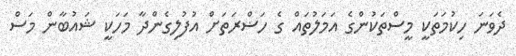
ދެވަނަ ހިކުމަތަކީ މީސްތަކުންގެ އަމަލުތައް ގެ ހަޟްރަތަށް އުފުލިގެންދާ މަހަކީ ޝައުބާން މަސް